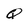
Character: Q